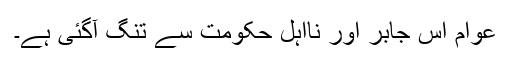
عوام اس جابر اور نااہل حکومت سے تنگ آگئی ہے۔